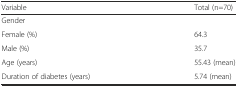
<table><thead><tr><td><b>Variable</b></td><td><b>Total (n=70)</b></td></tr></thead><tbody><tr><td>Gender</td><td></td></tr><tr><td>Female (%)</td><td>64.3</td></tr><tr><td>Male (%)</td><td>35.7</td></tr><tr><td>Age (years)</td><td>55.43 (mean)</td></tr><tr><td>Duration of diabetes (years)</td><td>5.74 (mean)</td></tr></tbody></table>